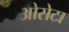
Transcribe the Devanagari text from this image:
ओसेटा